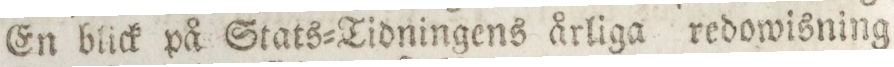
En blick på Stats=Tidningens årliga redowisning